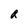
Character: R